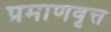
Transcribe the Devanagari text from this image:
प्रमाणवृत्त